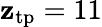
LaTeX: \mathbf{z}_{\mathrm{{tp}}}=11